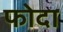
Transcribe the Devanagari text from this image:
फोदा